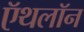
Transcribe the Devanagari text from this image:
ऍथलॉन